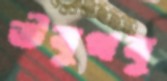
উবুথবু